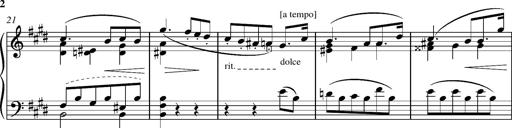
Title: Madrigal
Composer: Lucien Wurmser
Key: A major